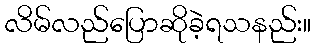
လိမ်လည်ပြောဆိုခဲ့ရသနည်း။